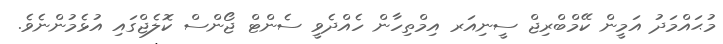
މުޙައްމަދު އަމީން ކޭމްބްރިޖް ސީނިއަރ އިމްތިހާން ހެއްދެވީ ސެންޓް ޖޯންސް ކޮލެޖްގައި އުޅެމުންނެވެ.